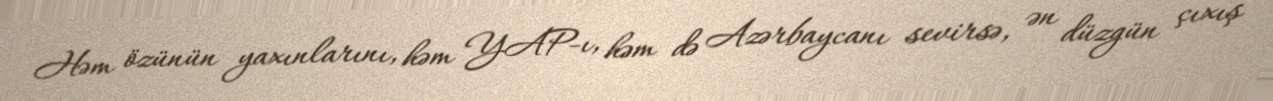
Həm özünün yaxınlarını, həm YAP-ı, həm də Azərbaycanı sevirsə, ən düzgün çıxış